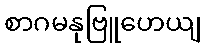
စာဂမနုဗြူဟေယျ